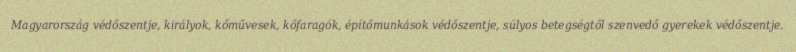
Magyarország védőszentje, királyok, kőművesek, kőfaragók, építőmunkások védőszentje, súlyos betegségtől szenvedő gyerekek védőszentje.